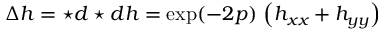
\Delta h = \star d \star d h = \exp ( - 2 p ) \, \left( h _ { x x } + h _ { y y } \right)